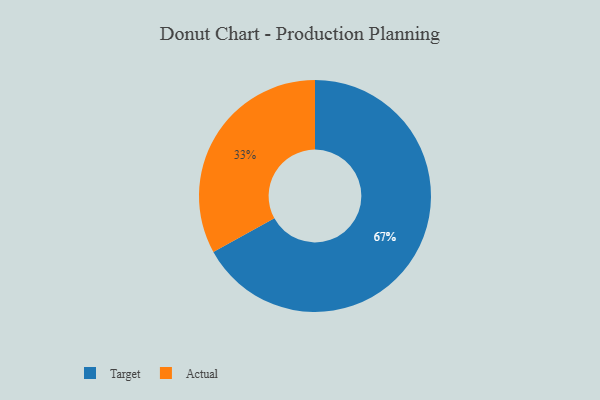
{"axis": {"x": "Category", "y": "Percentage"}, "legend": ["Actual", "Target"], "data": [{"x": "Actual", "y": 33, "type": "Actual"}, {"x": "Target", "y": 67, "type": "Target"}]}